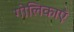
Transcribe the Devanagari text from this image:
गोलिकाएँ